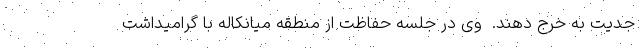
جدیت به خرج دهند.  وی در جلسه حفاظت از منطقه میانکاله با گرامیداشت